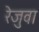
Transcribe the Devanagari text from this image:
रेजुवा